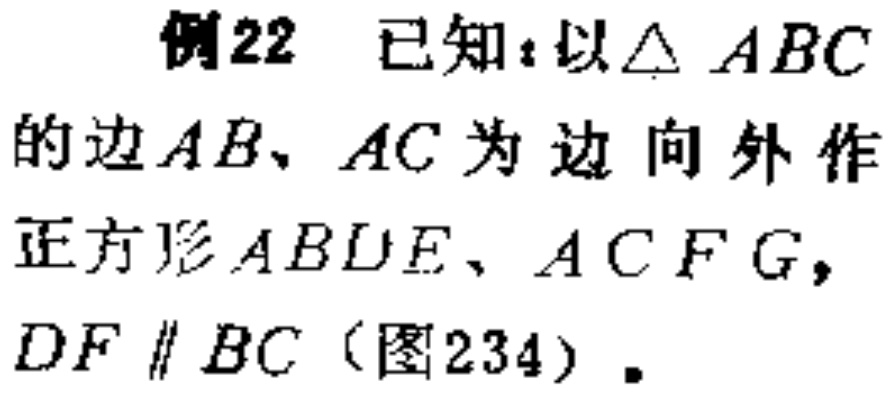
例22 已知：以$\triangle ABC$的边$AB、AC$为边向外作正方形$ABDE、ACFG$，$DF\parallel BC$（图234）.